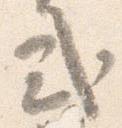
式